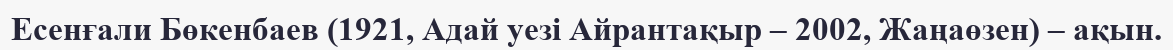
Есенғали Бөкенбаев (1921, Адай уезі Айрантақыр – 2002, Жаңаөзен) – ақын.